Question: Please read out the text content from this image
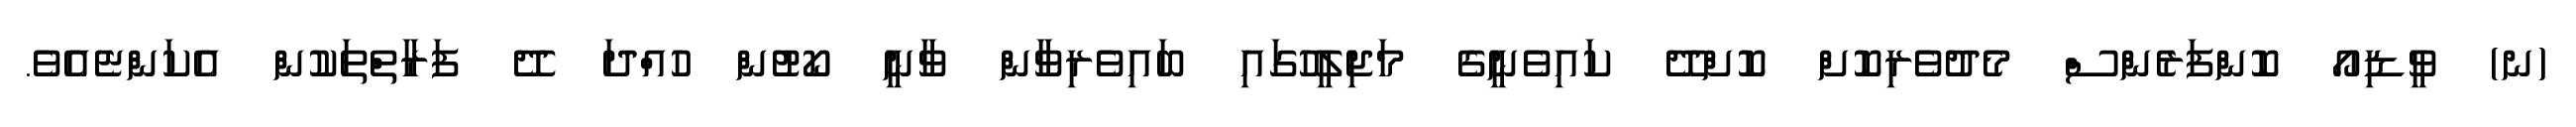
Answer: (ނ) ވީޑިއޯ ކޮންފަރެންސް މެދުވެރިކޮށް ކޮށްދޭ ކައިވެނީގެ މަޖިލީހުގައި ބައިވެރިވާން ވާނީ ކޯޓުން ހުއްދަ ދޭ ފަރާތްތަކުން އެކަންޏެއެވެ.